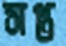
সপ্ত